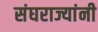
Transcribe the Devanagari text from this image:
संघराज्यांनी